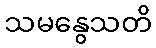
သမနွေသတိ